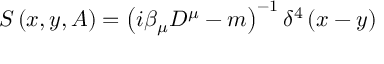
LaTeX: S \left( x , y , A \right) = \left( i \beta _ { \mu } D ^ { \mu } - m \right) ^ { - 1 } \delta ^ { 4 } \left( x - y \right)